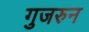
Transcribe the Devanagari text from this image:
गुजरुन